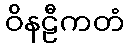
ဝိနဠီကတံ